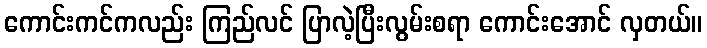
ကောင်းကင်ကလည်း ကြည်လင် ပြာလဲ့ပြီးလွမ်းစရာ ကောင်းအောင် လှတယ်။